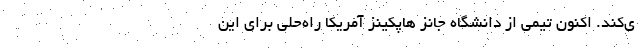
ی‌کند. اکنون تیمی از دانشگاه جانز هاپکینز آمریکا راه‌حلی برای این